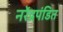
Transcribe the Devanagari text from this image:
नरेंद्रपंडित